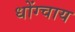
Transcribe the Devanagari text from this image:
धोंग्चाय